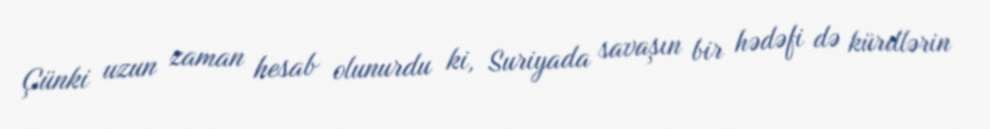
Çünki uzun zaman hesab olunurdu ki, Suriyada savaşın bir hədəfi də kürdlərin